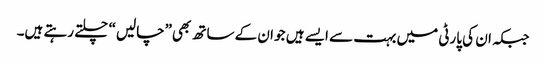
جبکہ ان کی پارٹی میں بہت سے ایسے ہیں جو ان کے ساتھ بھی”چالیں“ چلتے رہتے ہیں۔